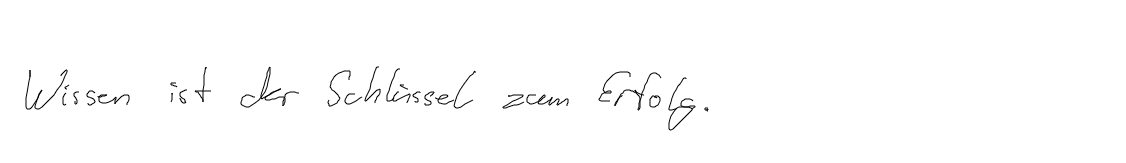
Wissen ist der Schlüssel zum Erfolg.